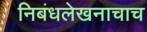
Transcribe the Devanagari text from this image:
निबंधलेखनाचाच